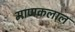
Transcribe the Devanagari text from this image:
माणकलाल